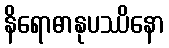
နိရောဓာနုပဿိနော